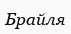
Брайля